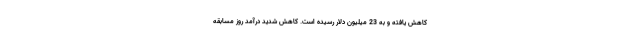
کاهش یافته و به 23 میلیون دلار رسیده است. کاهش شدید درآمد روز مسابقه